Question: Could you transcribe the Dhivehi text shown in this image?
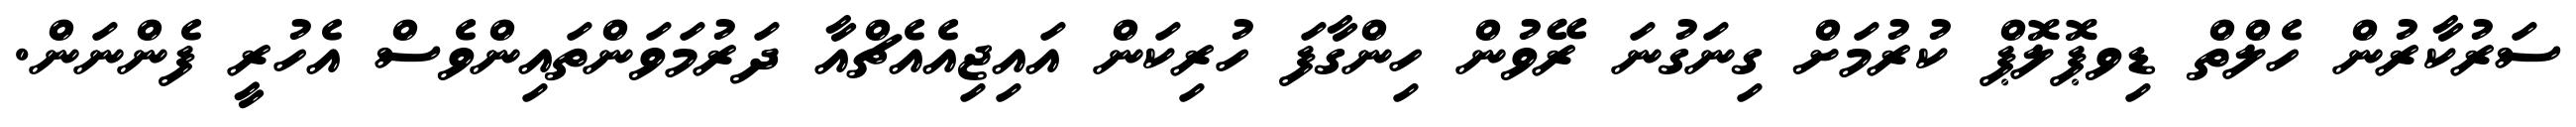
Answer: ސަރުކާރުން ހެލްތް ޑިވޕޮލޮޕް ކުރުމަށް ގިނަގުނަ ރޭވުން ހިންގާފަ ހުރިކަން އައިޖިއެއެޗްއާ ދަރުމަވަންތައިންވެސް އެހުރީ ފެންނަން.